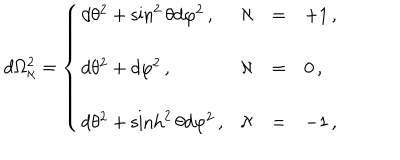
d \Omega _ { \aleph } ^ { 2 } = \left\{ \begin{array} { l r c l } { { d \theta ^ { 2 } + \sin ^ { 2 } { \theta } d \varphi ^ { 2 } \, , \hspace { 1 c m } } } & { { \aleph } } & { { = } } & { { + 1 \, , } } \\ { { } } & { { } } & { { } } & { { } } \\ { { d \theta ^ { 2 } + d \varphi ^ { 2 } \, , } } & { { \aleph } } & { { = } } & { { 0 \, , } } \\ { { } } & { { } } & { { } } & { { } } \\ { { d \theta ^ { 2 } + \sinh ^ { 2 } { \theta } d \varphi ^ { 2 } \, , } } & { { \aleph } } & { { = } } & { { - 1 \, , } } \\ \end{array} \right.